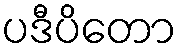
ပဒီပိတော